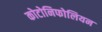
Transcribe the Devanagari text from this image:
कोटोनिफोलियन